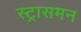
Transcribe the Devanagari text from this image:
स्ट्रासमन